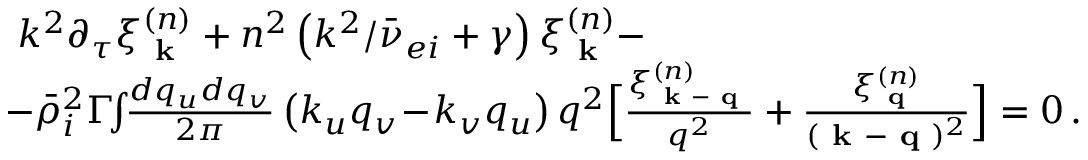
\begin{array} { r l } & { k ^ { 2 } \partial _ { \tau } \xi _ { \textbf { k } } ^ { ( n ) } + n ^ { 2 } \left( k ^ { 2 } / \bar { \nu } _ { e i } + \gamma \right) \xi _ { \textbf { k } } ^ { ( n ) } - } \\ & { \! \! - \bar { \rho } _ { i } ^ { 2 } \Gamma \! \! \int \! \! \frac { d q _ { u } d q _ { v } } { 2 \pi } \left( k _ { u } q _ { v } \! - \! k _ { v } q _ { u } \right) q ^ { 2 } \Big [ \frac { \xi _ { \textbf { k } - \textbf { q } } ^ { ( n ) } } { q ^ { 2 } } + \frac { \xi _ { \textbf { q } } ^ { ( n ) } } { ( \textbf { k } - \textbf { q } ) ^ { 2 } } \Big ] = 0 \, . } \end{array}